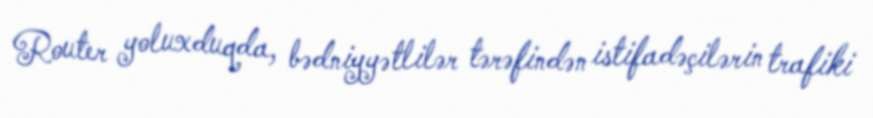
Router yoluxduqda, bədniyyətlilər tərəfindən istifadəçilərin trafiki